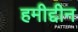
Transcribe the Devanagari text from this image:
हमीद्दीन